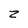
Character: z